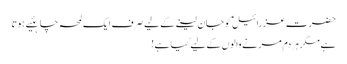
حضرت عزرائیلؑ کو جان لینے کے لیے صرف ایک لمحہ چاہئیے ہوتا
ہے مگرہر دم مر نے والوں کے لیے کیا ہے!